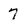
Character: 7